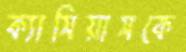
ক্যাসিয়াসকে